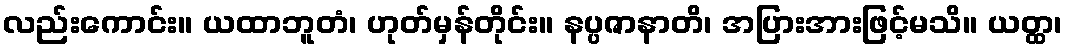
လည်းကောင်း။ ယထာဘူတံ၊ ဟုတ်မှန်တိုင်း။ နပ္ပဇာနာတိ၊ အပြားအားဖြင့်မသိ။ ယတ္ထ၊